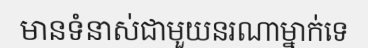
មានទំនាស់ជាមួយនរណាម្នាក់ទេ